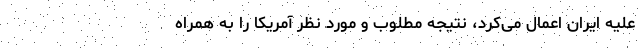
علیه ایران اعمال می‌کرد، نتیجه مطلوب و مورد نظر آمریکا را به همراه